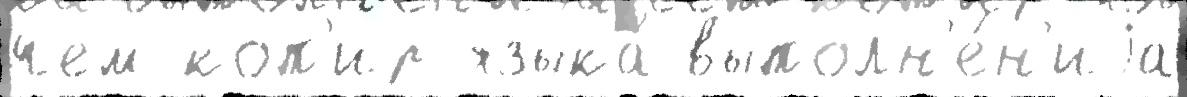
чем коп'ир языка́ выполн'е́н'иjа